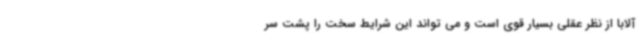
آلابا از نظر عقلی بسیار قوی است و می تواند این شرایط سخت را پشت سر